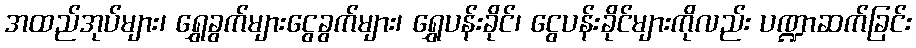
အထည်အုပ်များ၊ ရွှေခွက်များငွေခွက်များ၊ ရွှေပန်းခိုင်၊ ငွေပန်းခိုင်များကိုလည်း ပဏ္ဍာဆက်ခြင်း